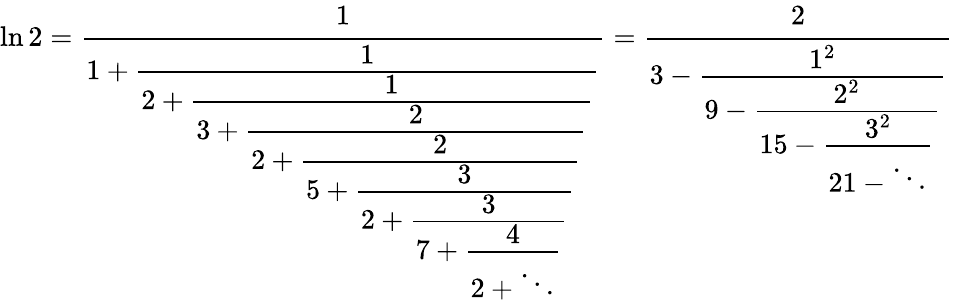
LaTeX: \ln 2={\cfrac{1}{1+{\cfrac{1}{2+{\cfrac{1}{3+{\cfrac{2}{2+{\cfrac{2}{5+{\cfrac{3}{2+{\cfrac{3}{7+{\cfrac{4}{2+\ddots}}}}}}}}}}}}}}}}={\cfrac{2}{3-{\cfrac{1^{2}}{9-{\cfrac{2^{2}}{15-{\cfrac{3^{2}}{21-\ddots}}}}}}}}